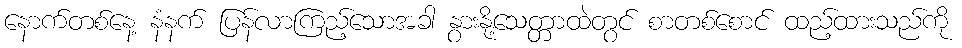
နောက်တစ်နေ့ နံနက် ပြန်လာကြည့်သောအခါ နွားနို့သေတ္တာထဲတွင် စာတစ်စောင် ထည့်ထားသည်ကို